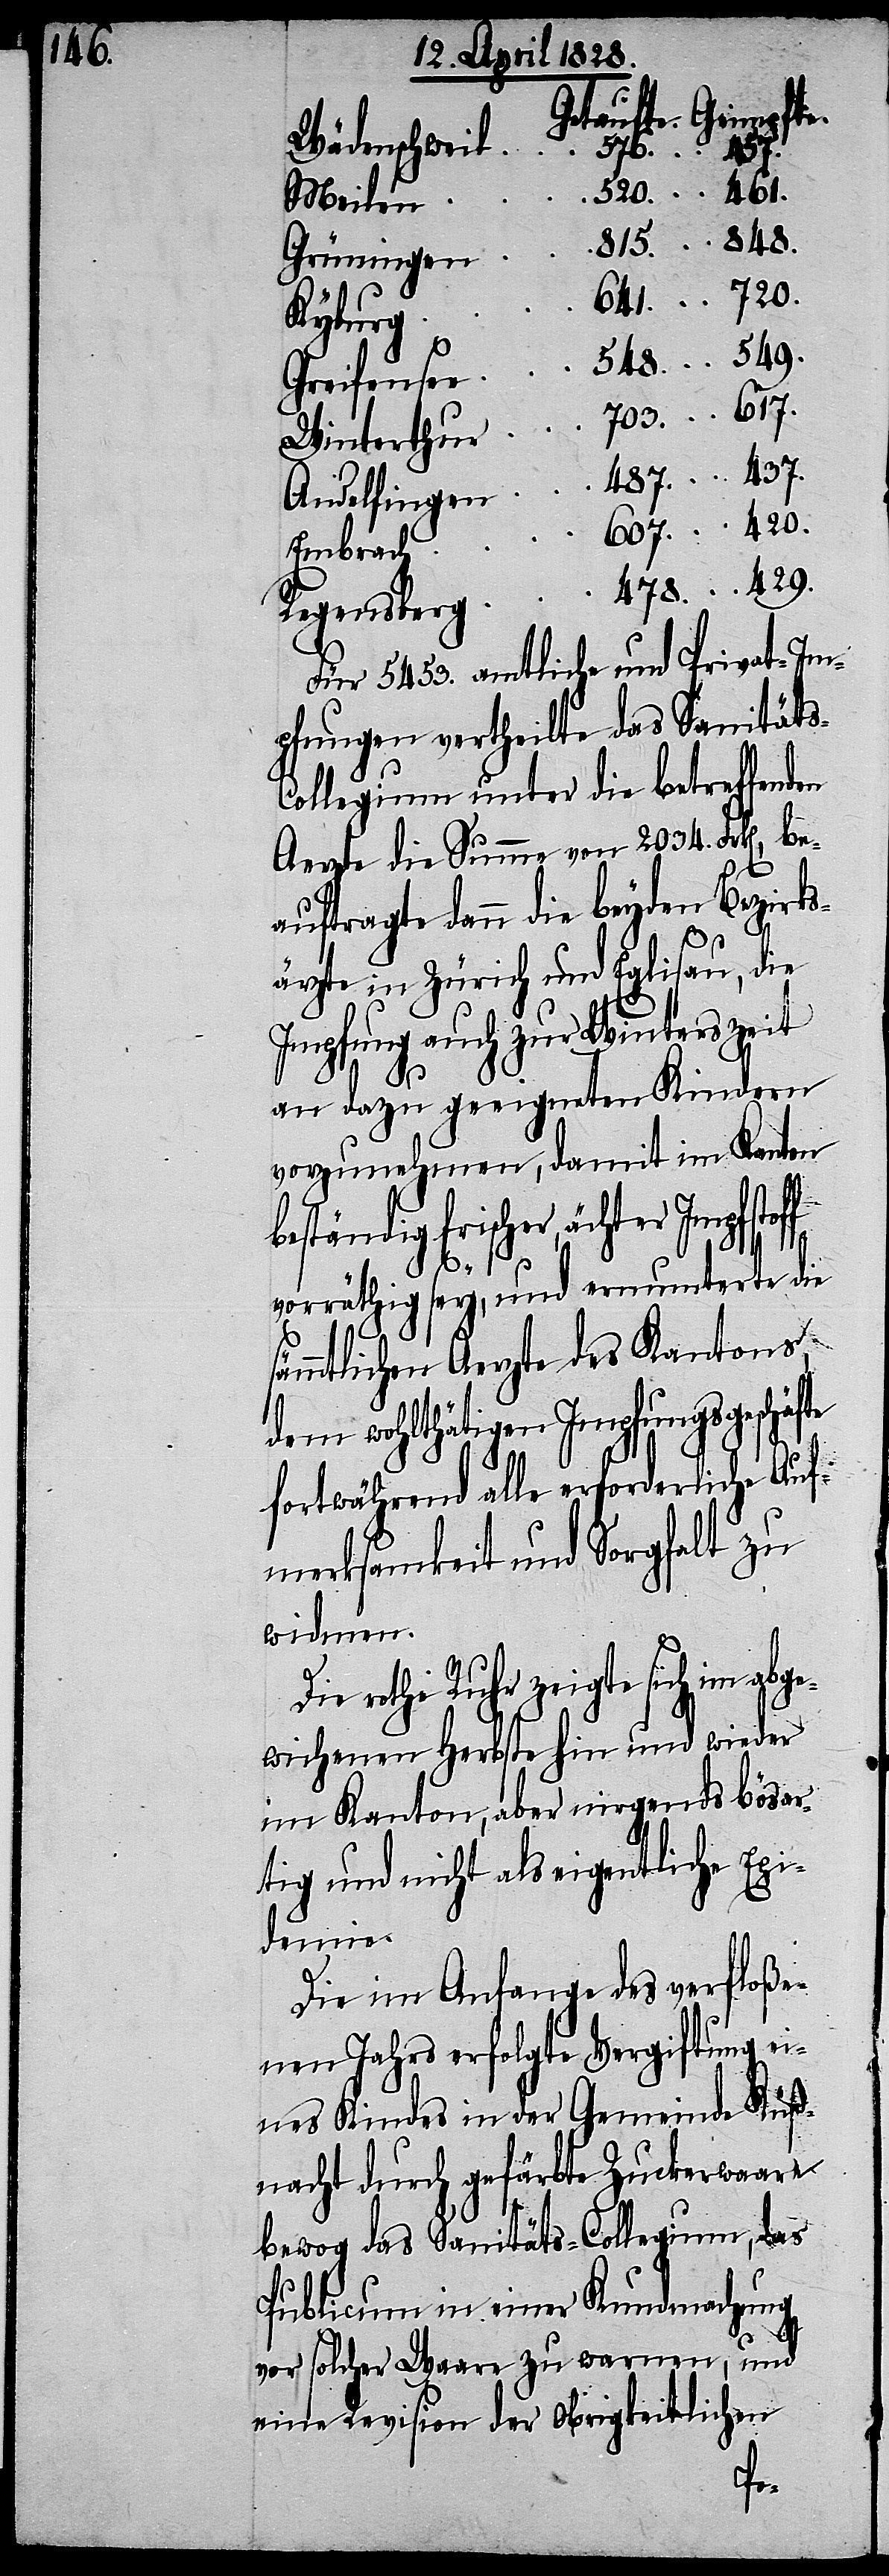
420.

478.
Wädenschweil
437.
Meilen
Grüningen
Kyburg
Regensberg
Winterthur
Embrach
Für 5453. amtliche und Privat-Im¬
pfungen vertheilte das Sanität¬
ollegium unter die betreffenden
Aerzte die Summe von 2034. Frk[en], be¬
auftragte dann die beyden Bezirks¬
ärzte in Zürich und Eglisau, die
Impfung auch zur Winterszeit
an dazu geeigneten Kindern
vorzunehmen, damit im Kanton
beständig frischer, ächte¬
r
vorräthig sey, und ermunterte die
sämmtlichen Aerzte des Kantons
dem wohlthätigen Impfungsgeschäfte
fortwährend alle erforderliche Auf¬
merksamkeit und Sorgfalt zu
widmen.
Die rothe Ruhr zeigte sich in abg¬
ewichenen Herbste hin und wieder
im Kanton, aber nirgends bösar¬
tig und nicht als eigentliche Epi¬
demie.
Die im Anfange des verfloße¬
nen Jahrs erfolgte Vergiftung ei¬
nes Kindes in der Gemeinde Küß¬
nacht durch gefärbte Zuckerwaare
bewog das Sanitäts-Collegium, das
Publicum in einer Kundmachung
vor solcher Waare zu warnen, und
eine Revision der Obrigkeitlichen
s-C¬